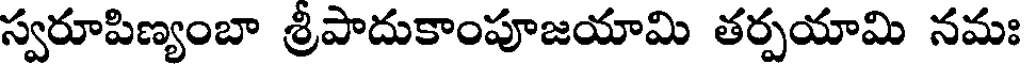
స్వరూపిణ్యంబా శ్రీపాదుకాంపూజయామి తర్పయామి నమః